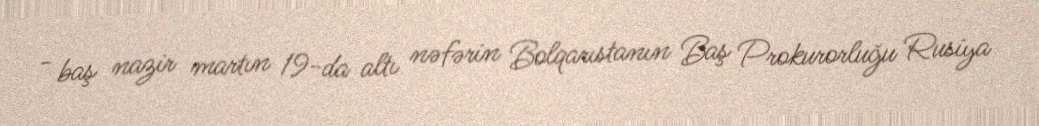
- baş nazir martın 19-da altı nəfərin Bolqarıstanın Baş Prokurorluğu Rusiya